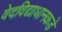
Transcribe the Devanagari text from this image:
वेदविद्याधानकडे